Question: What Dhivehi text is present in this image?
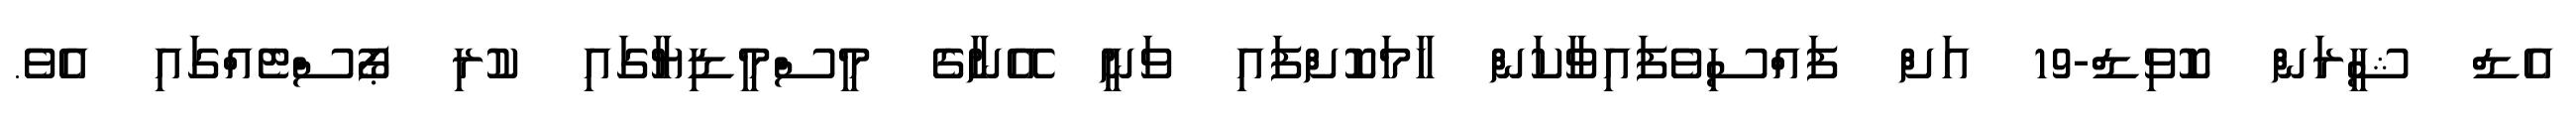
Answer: އެޑް ޝީރަން ކޮވިޑް-19 އަށް ފައްސިވެފައިވާކަން ހާމަކޮށްފައި ވަނީ އޭނާގެ މީސްމީޑިޔާގައި ކުރި ޕޯސްޓެއްގައި އެވެ.